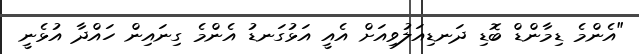
"އެންމެ ޑިމާންޑް ބޮޑި ދަނޑިއަލުވިއަށް އެއީ އަޅުގަނޑު އެންމެ ގިނައިން ހައްދާ އުޅެނީ